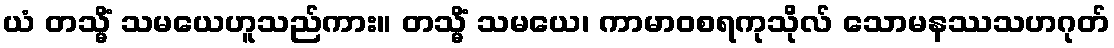
ယံ တသ္မိံ သမယေဟူသည်ကား။ တသ္မိံ သမယေ၊ ကာမာဝစရကုသိုလ် သောမနဿသဟဂုတ်